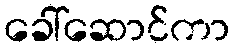
ခေါ်ဆောင်ကာ